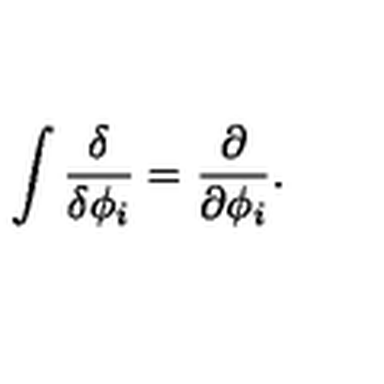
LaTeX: \int { \frac { \delta } { \delta \phi _ { i } } } = { \frac { \partial } { \partial \phi _ { i } } } .